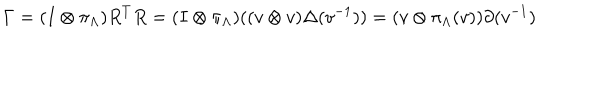
\Gamma = ( I \otimes \pi _ { \Lambda } ) R ^ { T } R = ( I \otimes \pi _ { \Lambda } ) ( ( v \otimes v ) \Delta ( v ^ { - 1 } ) ) = ( v \otimes \pi _ { \Lambda } ( v ) ) \partial ( v ^ { - 1 } )